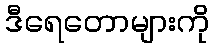
ဒီရေတောများကို